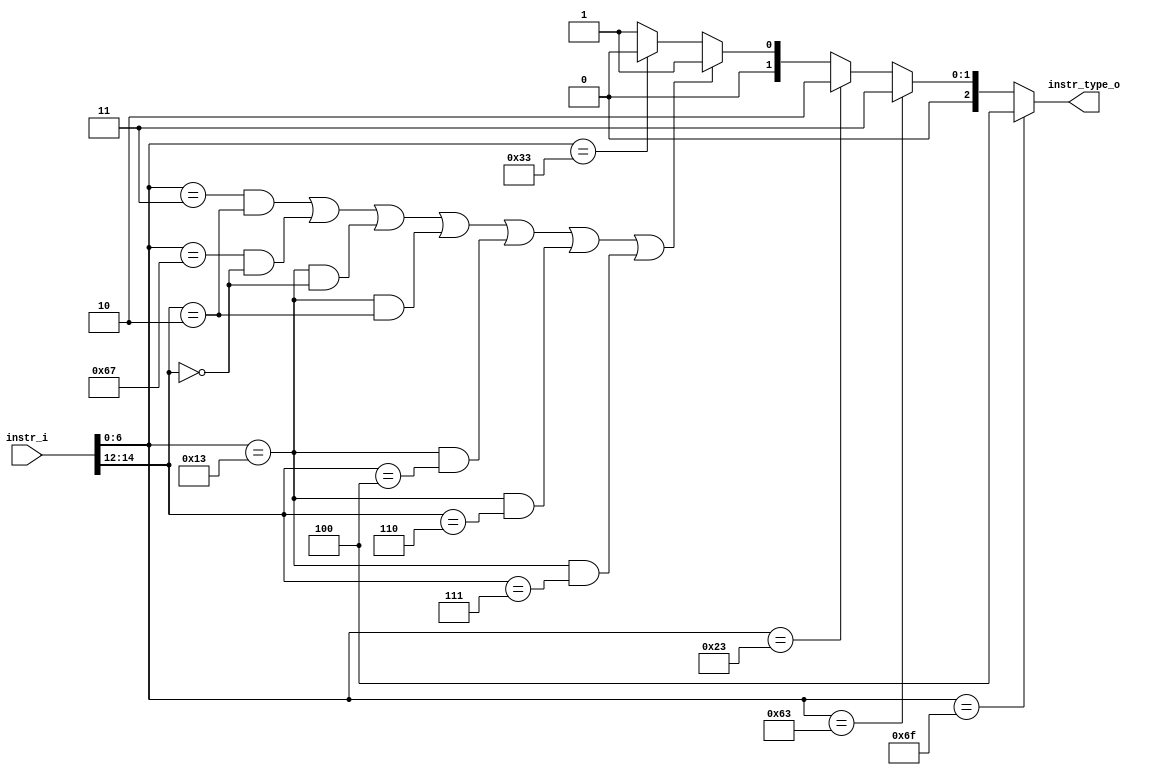

module instr_type_decoder(
	input [32-1:0] 	instr_i,
    output [2:0] instr_type_o
);
wire	[3-1:0]		Instr_field;
wire	[6:0]		opcode;
wire [2:0] funct3;

assign opcode = instr_i[6:0];
assign funct3 = instr_i[14:12];

// Check Instr. Field
// 0:R-type, 1:I-type, 2:S-type, 3:B-type	4:J-type				 
assign instr_type_o = (opcode==7'b1101111)?4:( // JAL
					(opcode==7'b1100011)?3:(
                     (opcode==7'b0100011)?2:(( //SW
					 (opcode==7'b0000011 && funct3==3'b010) ||	//LW
					 (opcode==7'b1100111 && funct3==3'b000) ||	//JALR
                     (opcode==7'b0010011 && funct3==3'b000) ||	//ADDI
					 (opcode==7'b0010011 && funct3==3'b010) ||	//SLTI
					 (opcode==7'b0010011 && funct3==3'b100) ||	//XORI
					 (opcode==7'b0010011 && funct3==3'b110) ||	//ORI
					 (opcode==7'b0010011 && funct3==3'b111))?1:(//ANDI
					 (opcode==7'b0110011)?0:
					 1))));
				endmodule